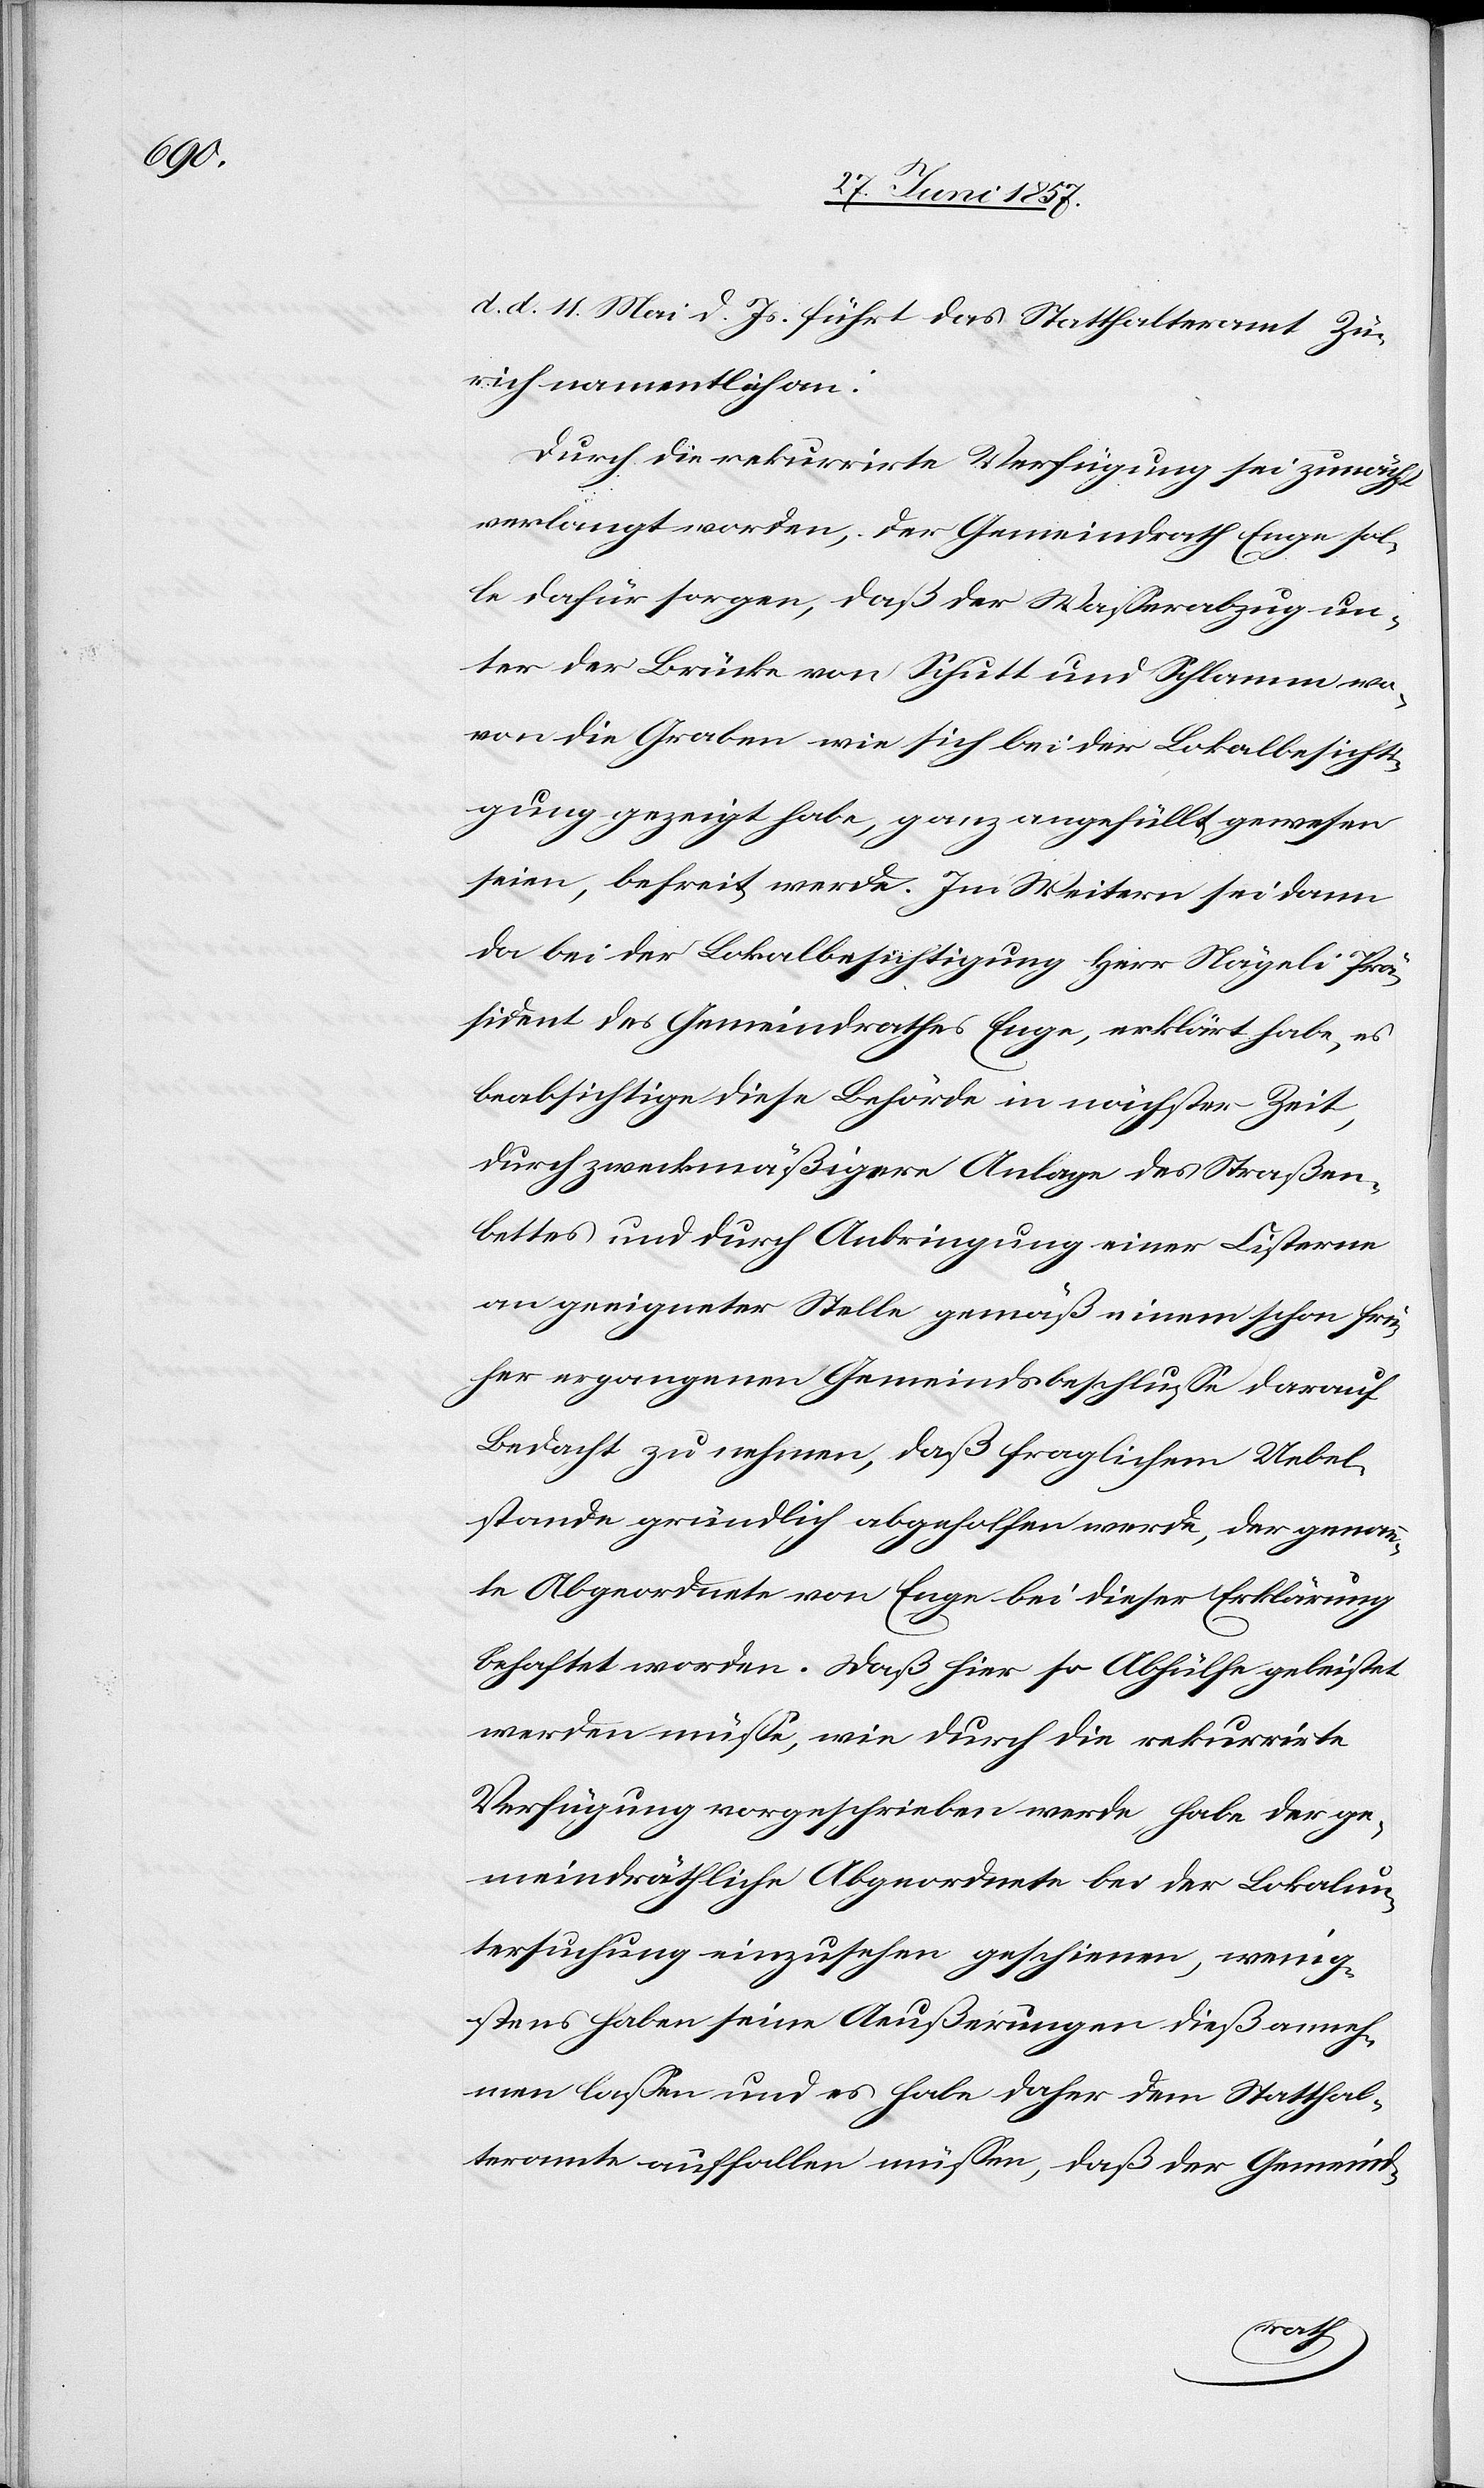
d. d. 11 Mai d. Js. führt das Statthalteramt Zü¬
rich namentlich an:
Durch die rekurrirte Verfügung sei zunächst
verlangt worden, der Gemeindrath Enge sol¬
le dafür sorgen, daß der Wasserabzug un¬
ter der Brücke von Schutt und Schlamm wo¬
von die Graben wie sich bei der Lokalbesichti¬
gung gezeigt habe, ganz angefüllt gewesen
seien, befreit werde. Im Weitern sei dann
da bei der Lokalbesichtigung Herr Nägeli Prä¬
sident des Gemeindrathes Enge, erklärt habe, es
beabsichtige diese Behörde in nächster Zeit,
durch zweckmäßigere Anlage des Straßen¬
bettes und durch Anbringung einer Cisterne
an geeigneter Stelle gemäß einem schon frü¬
her ergangenen Gemeindsbeschlusse darauf
Bedacht zu nehmen, daß fraglichem Uebel¬
stande gründlich abgeholfen werde, der genann¬
te Abgeordnete von Enge bei dieser Erklärung
behaftet worden. Daß hier so Abhülfe geleistet
werden müsse, wie durch die rekurrirte
Verfügung vorgeschrieben werde, habe der ge¬
meindräthliche Abgeordnete bei der Lokalun¬
tersuchung einzusehen geschienen, wenig¬
stens haben seine Aeußerungen dieß anneh¬
men lassen und es habe daher dem Statthal¬
teramte auffallen müssen, daß der Gemeind-